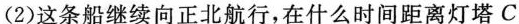
(2)这条船继续向正北航行，在什么时间距离灯塔C